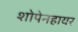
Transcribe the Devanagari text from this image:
शोपेनहायर